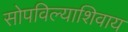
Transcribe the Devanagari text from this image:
सोपविल्याशिवाय